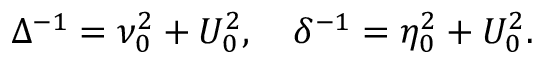
\Delta ^ { - 1 } = \nu _ { 0 } ^ { 2 } + U _ { 0 } ^ { 2 } , \quad \delta ^ { - 1 } = \eta _ { 0 } ^ { 2 } + U _ { 0 } ^ { 2 } .